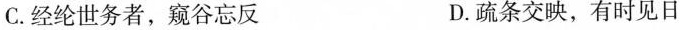
C.经纶世务者，窥谷忘反 D.疏条交映，有时见日